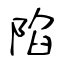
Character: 陷